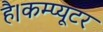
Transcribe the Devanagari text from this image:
है।कम्प्यूटर